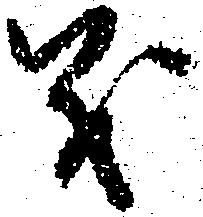
義